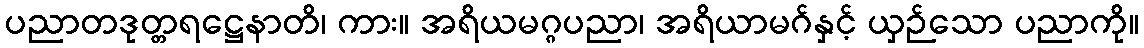
ပညာတဒုတ္တရဋ္ဌေနာတိ၊ ကား။ အရိယမဂ္ဂပညာ၊ အရိယာမဂ်နှင့် ယှဉ်သော ပညာကို။